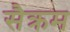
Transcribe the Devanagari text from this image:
सैक्रम